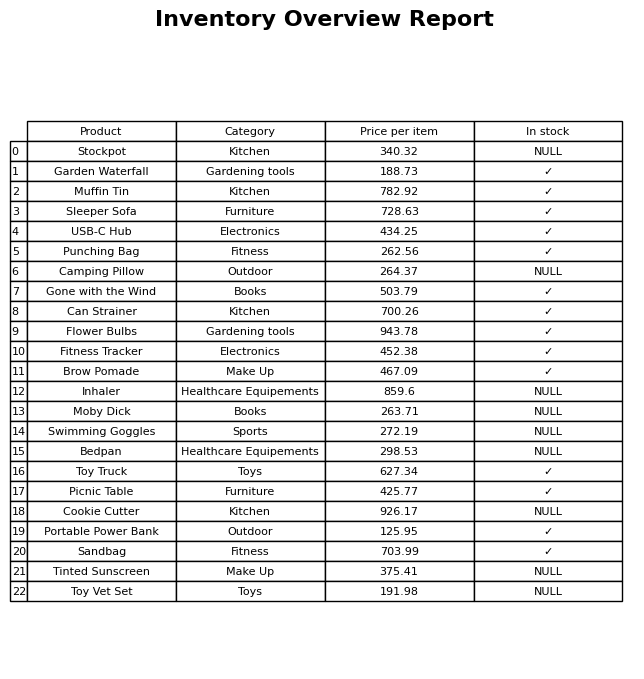
question: Is the Gone with the Wind in stock?
answer: ✓